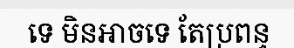
ទេ មិនអាចទេ តែប្រពន្ធ